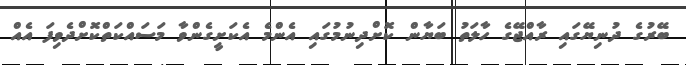
ބޭރުގެ ދުނިޔޭގައި ރާއްޖޭގެ ހާލަތު ބަޔާން ކޮށްދިނުމުގައި އެންމެ އެކަށީގެންވާ މަސައްކަތްކޮށްދެވިފަ އެއް